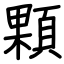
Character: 顆